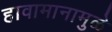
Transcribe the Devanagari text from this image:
हावामानामुळे